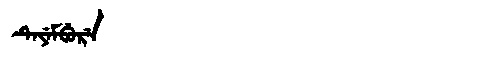
Manchu: ᡨᡝᠶᡝᠮᠪᡠᡵᡝ
Romanization: TEYEMBURE